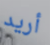
أريد